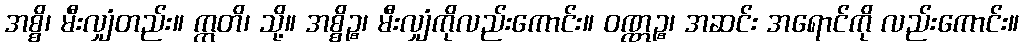
အစ္စိ၊ မီးလျှံတည်း။ ဣတိ၊ သို့။ အစ္စိဉ္စ၊ မီးလျှံကိုလည်းကောင်း။ ဝဏ္ဏဉ္စ၊ အဆင်း အရောင်ကို လည်းကောင်း။